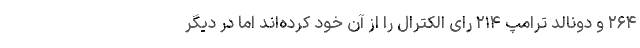
۲۶۴ و دونالد ترامپ ۲۱۴ رای الکترال را از آن خود کرده‌اند اما در دیگر